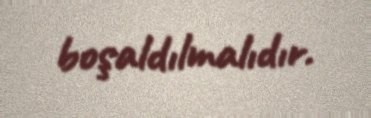
boşaldılmalıdır.